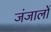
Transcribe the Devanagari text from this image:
जंजालों